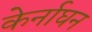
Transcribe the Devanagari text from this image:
केर्नाघन